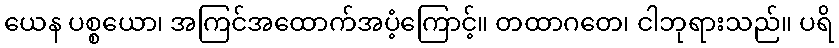
ယေန ပစ္စယော၊ အကြင်အထောက်အပံ့ကြောင့်။ တထာဂတေ၊ ငါဘုရားသည်။ ပရိ